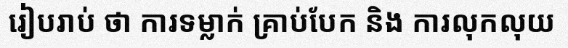
រៀបរាប់ ថា ការទម្លាក់ គ្រាប់បែក និង ការលុកលុយ